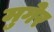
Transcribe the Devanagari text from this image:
मुगेर